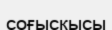
соғысқысы